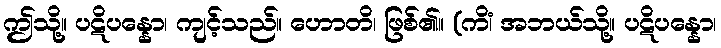
ဤသို့။ ပဋိပန္နော၊ ကျင့်သည်။ ဟောတိ၊ ဖြစ်၏။ (ကိံ၊ အဘယ်သို့။ ပဋိပန္နော၊